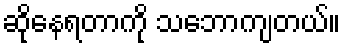
ဆိုနေရတာကို သဘောကျတယ်။